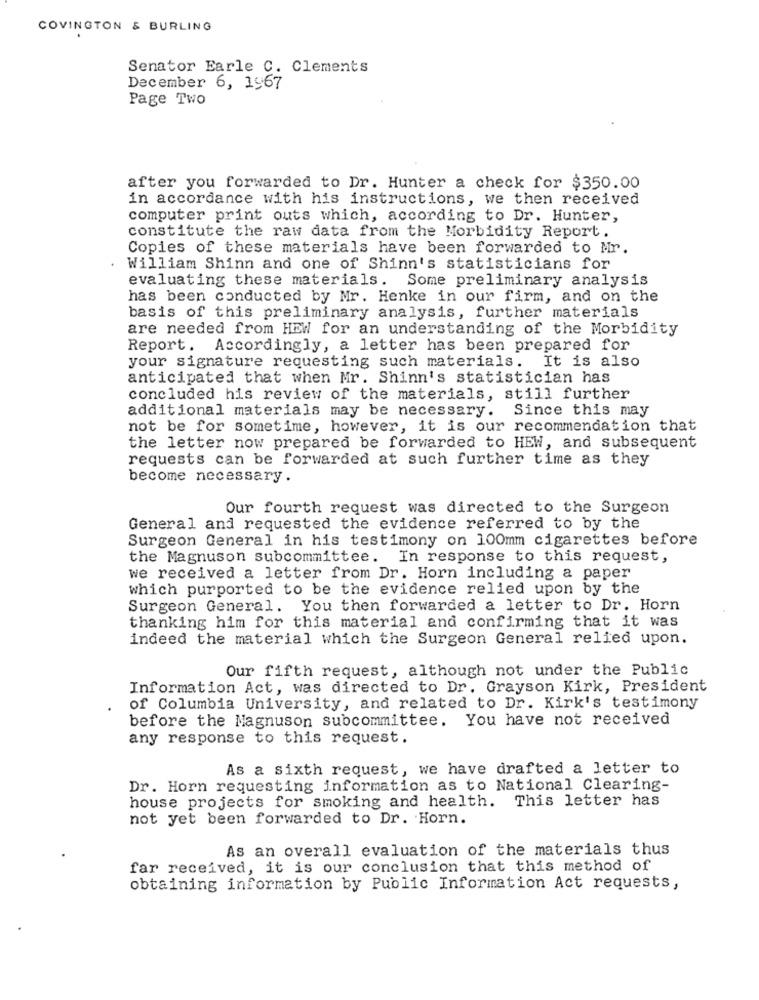
COVINGTON & BURLING
Senator Earle C. Clements
December 6, 1967
Page Two
after you forwarded to Dr. Hunter a check for $350.00
in accordance with his instructions, we then received
computer print outs which, according to Dr. Hunter,
constitute the raw data from the Morbidity Report.
Copies of these materials have been forwarded to Mr.
William Shinn and one of Shinn's statisticians for
evaluating these materials. Some preliminary analysis
has been conducted by Mr. Henke in our firm, and on the
basis of this preliminary analysis, further materials
are needed from HEW for an understanding of the Morbidity
Report. Accordingly, a letter has been prepared for
your signature requesting such materials. It is also
anticipated that when Mr. Shinn's statistician has
concluded his review of the materials, still further
additional materials may be necessary. Since this may
not be for sometime, however, it is our recommendation that
the letter now prepared be forwarded to HEW, and subsequent
requests can be forwarded at such further time as they
become necessary.
Our fourth request was directed to the Surgeon
General and requested the evidence referred to by the
Surgeon General in his testimony on 100mm cigarettes before
the Magnuson subcommittee. In response to this request,
we received a letter from Dr. Horn including a paper
which purported to be the evidence relied upon by the
Surgeon General. You then forwarded a letter to Dr. Horn
thanking him for this material and confirming that it was
indeed the material which the Surgeon General relied upon.
Our fifth request, although not under the Public
Information Act, was directed to Dr. Grayson Kirk, President
of Columbia University, and related to Dr. Kirk's testimony
before the Magnuson subcommittee. You have not received
any response to this request.
As a sixth request, we have drafted a letter to
Dr. Horn requesting information as to National Clearing-
house projects for smoking and health. This letter has
not yet been forwarded to Dr. Horn.
As an overall evaluation of the materials thus
far received, it is our conclusion that this method of
obtaining information by Public Information Act requests,